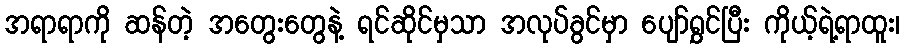
အရာရာကို ဆန်တဲ့ အတွေးတွေနဲ့ ရင်ဆိုင်မှသာ အလုပ်ခွင်မှာ ပျော်ရွှင်ပြီး ကိုယ့်ရဲ့ရာထူး၊